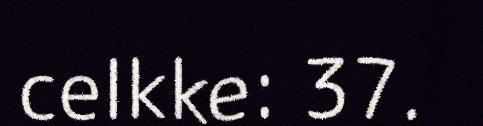
celkke: 37.